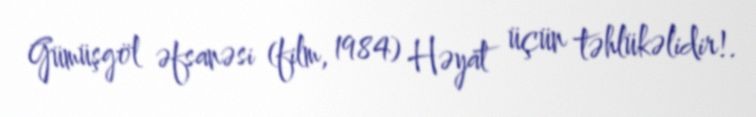
Gümüşgöl əfsanəsi (film, 1984) Həyat üçün təhlükəlidir!.